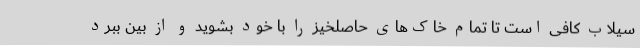
سیلاب کافی است تا تمام خاک‌های حاصلخیز را با خود بشوید و از بین ببرد